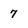
Character: 7